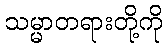
သမ္မာတရားတို့ကို